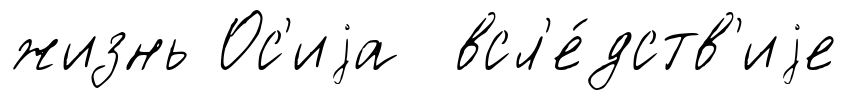
жизнь Ос'иjа всл'е́дств'иjе